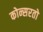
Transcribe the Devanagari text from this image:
कोन्सरतो